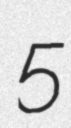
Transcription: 5